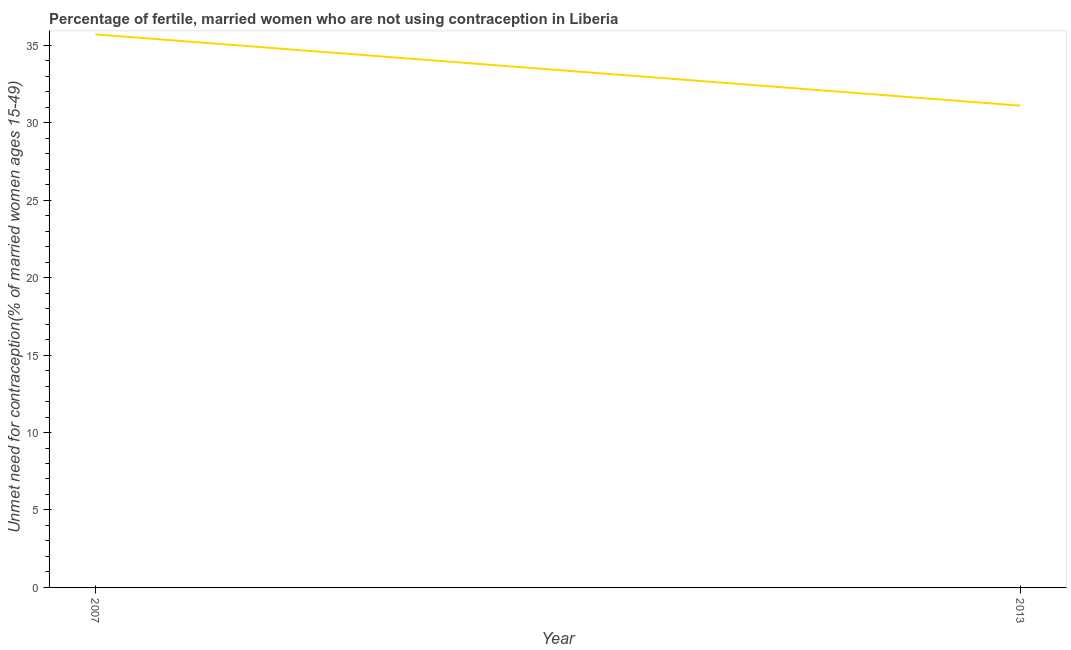
| Year | Unmet need for contraception |
 | --- | --- |
 | 2007 | 35.7 |
 | 2013 | 31.1 |